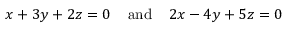
x + 3 y + 2 z = 0 \; \; \; \; { \mathrm { a n d } } \; \; \; \; 2 x - 4 y + 5 z = 0